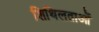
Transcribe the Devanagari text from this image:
शिथिलताओं